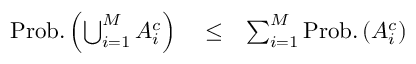
\begin{array} { r l r } { \mathrm { P r o b . } \left( \bigcup _ { i = 1 } ^ { M } { \cal { A } } _ { i } ^ { c } \right) } & { { } \le } & { \sum _ { i = 1 } ^ { M } \mathrm { P r o b . } \left( { \cal { A } } _ { i } ^ { c } \right) } \end{array}